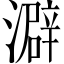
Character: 澼